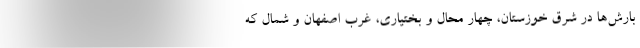
بارش‌ها در شرق خوزستان، چهار محال و بختیاری، غرب اصفهان و شمال که